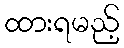
ထားရမည့်